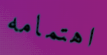
اهتمامه